Scottish Leaving Certificate Examination, 1960
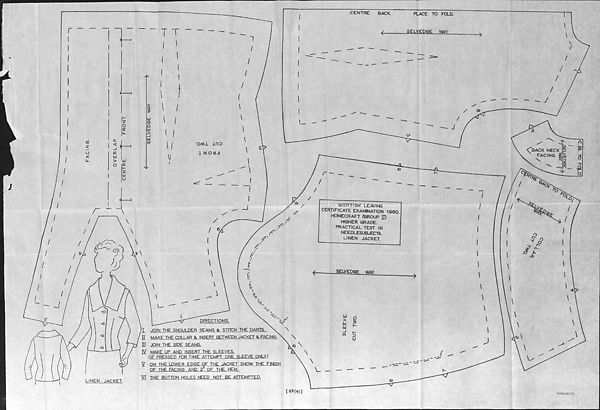
CENTRE
BACK.
PLACE TO FOLD.
SELVEDGE
WAY
SCOTTISH LEAVING
CERTIFICATE EXAMINATION I960
HOMECRAFT (GROUP JJ)
HIGHER GRADE.
PRACTICAL TEST IN
NEEDLESUBJECTS.
LINEN JACKET.
SELVEDGE
WAY.
DIRECTIONS.
N
T
JOIN THE SHOULDER SEAMS & STITCH THE DARTS
II MAKE THE COLLAR & INSERT BETWEEN JACKET & FACING
III JOIN THE SIDE SEAMS.
TV MAKE UP AND INSERT THE SLEEVES.
(IF PRESSED FDR TIME ATTEMPT ONE SLEEVE ONLY)
V ON THE LOWER EDGE OF THE JACKET SHOW THE FINISH
OF THE FACING AND 2 W OF THE HEM.
VT THE BUTTON HOLES NEED NOT BE ATTEMPTED.
[119(a)]
50626 (M.EP.J